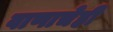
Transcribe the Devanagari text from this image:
वाणाचेही